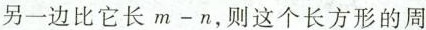
另一边比它长$$m - n$$，则这个长方形的周